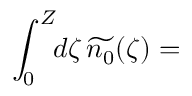
\int _ { 0 } ^ { Z } \! \! d \zeta \, \widetilde { n _ { 0 } } ( \zeta ) =